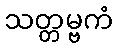
သတ္တမ္ဗကံ